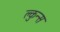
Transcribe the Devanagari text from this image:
क्लुन्स